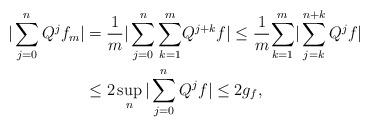
LaTeX: \begin{align*}|\sum_{j=0}^{n}Q^{j}f_{m}| & =\frac{1}{m}|\sum_{j=0}^{n}{\displaystyle\sum\limits_{k=1}^{m}}Q^{j+k}f|\leq\frac{1}{m}{\displaystyle\sum\limits_{k=1}^{m}}|\sum_{j=k}^{n+k}Q^{j}f|\\& \leq2\sup_{n}|\sum_{j=0}^{n}Q^{j}f|\leq2g_{f},\end{align*}